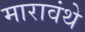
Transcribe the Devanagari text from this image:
मारावंथे